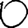
Digit: 0